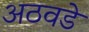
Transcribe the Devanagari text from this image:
अठवडे